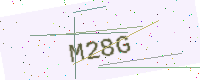
Text: M28G